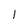
Character: I